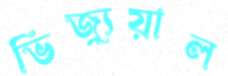
ভিজ্যুয়াল